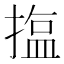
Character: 𪮝